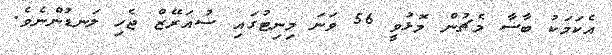
އެކަމަކު ބާސާ މެޗުން މޮޅުވީ 56 ވަނަ މިނިޓުގައި ސުއަރޭޒް ޖެހި ލަނޑުންނެވެ.